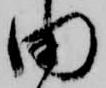
田